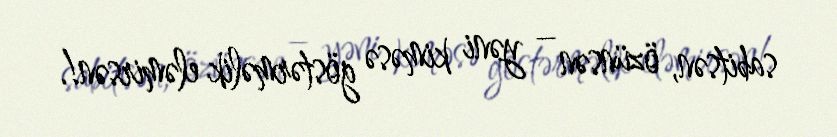
sabitsən, özünsən – yəni kiməsə göstərməlik eləmirsən!.